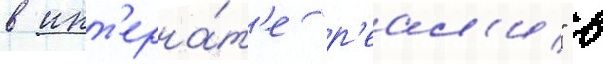
в инт'ерна́т'е "р'еал'и" в